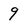
Character: 9